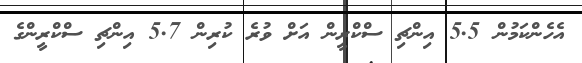
އެހެންކަމުން 5.5 އިންޗި ސްކްރީން އަށް ވުރެ ކުރިން 5.7 އިންޗި ސްކްރީންގެ